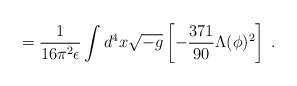
\begin{align*}=\frac{1}{16 \pi^2 \epsilon}\int d^4x\sqrt{-g}\left[ -\frac{371}{90}\Lambda(\phi)^2 \right]\;.\end{align*}